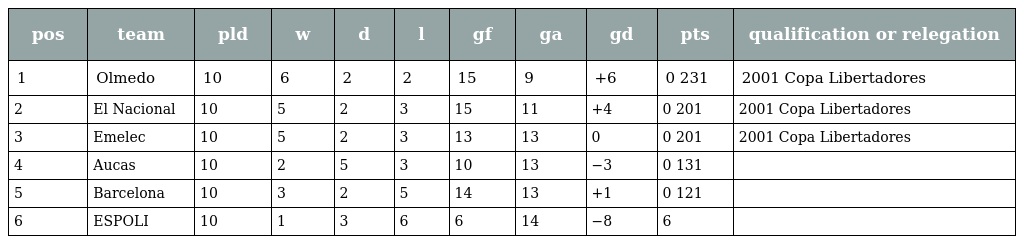
| pos | team | pld | w | d | l | gf | ga | gd | pts | qualification or relegation |
 | --- | --- | --- | --- | --- | --- | --- | --- | --- | --- | --- |
 | 1 | Olmedo | 10 | 6 | 2 | 2 | 15 | 9 | +6 | 0 231 | 2001 Copa Libertadores |
 | 2 | El Nacional | 10 | 5 | 2 | 3 | 15 | 11 | +4 | 0 201 | 2001 Copa Libertadores |
 | 3 | Emelec | 10 | 5 | 2 | 3 | 13 | 13 | 0 | 0 201 | 2001 Copa Libertadores |
 | 4 | Aucas | 10 | 2 | 5 | 3 | 10 | 13 | −3 | 0 131 |  |
 | 5 | Barcelona | 10 | 3 | 2 | 5 | 14 | 13 | +1 | 0 121 |  |
 | 6 | ESPOLI | 10 | 1 | 3 | 6 | 6 | 14 | −8 | 6 |  |